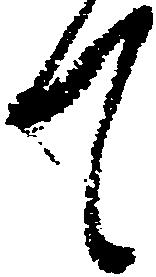
て